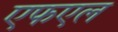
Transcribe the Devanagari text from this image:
एफएल